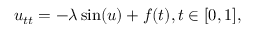
\begin{array} { r } { u _ { t t } = - \lambda \sin ( u ) + f ( t ) , t \in [ 0 , 1 ] , } \end{array}